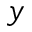
y